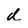
Character: d